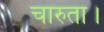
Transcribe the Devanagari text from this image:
चारुता।